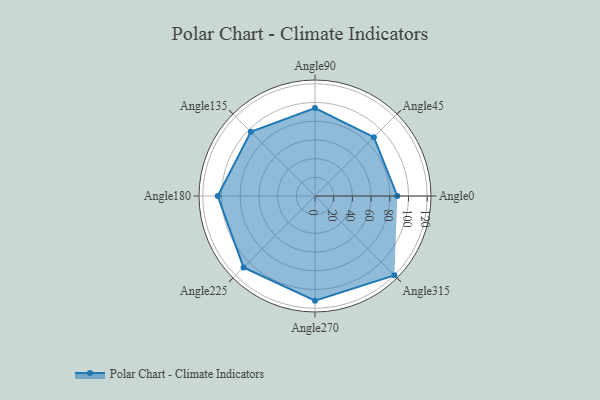
{"axis": {"x": "Angle", "y": "Radius"}, "legend": [""], "data": [{"x": "Angle0", "y": 88.0, "type": ""}, {"x": "Angle45", "y": 89.0, "type": ""}, {"x": "Angle90", "y": 94.0, "type": ""}, {"x": "Angle135", "y": 97.0, "type": ""}, {"x": "Angle180", "y": 104.0, "type": ""}, {"x": "Angle225", "y": 108.0, "type": ""}, {"x": "Angle270", "y": 112.0, "type": ""}, {"x": "Angle315", "y": 120.0, "type": ""}]}